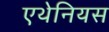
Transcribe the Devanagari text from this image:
एथेनियस